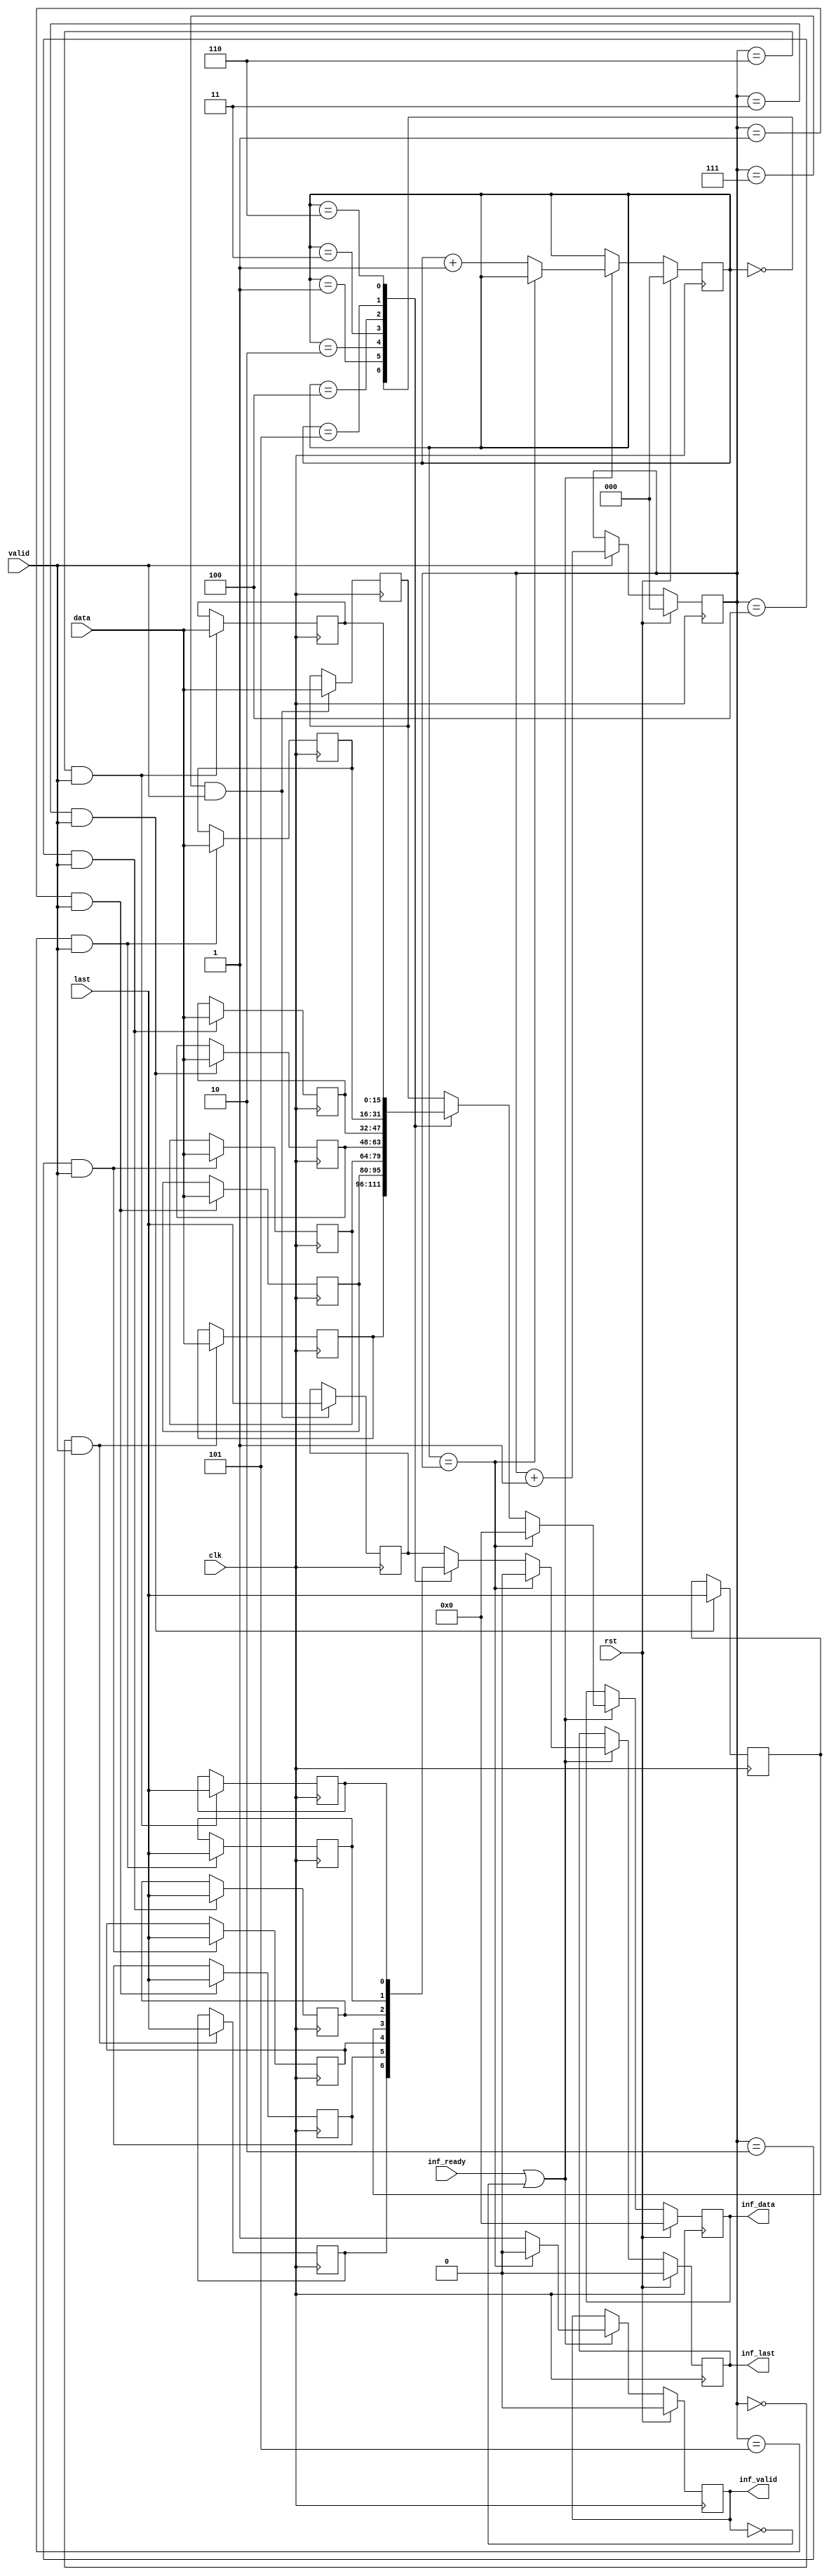
module ad_axis_inf_rx (

  // adi interface

  clk,
  rst,
  valid,
  last,
  data,

  // xilinx interface

  inf_valid,
  inf_last,
  inf_data,
  inf_ready);

  // parameter for data width

  parameter   DATA_WIDTH = 16;
  localparam  DW = DATA_WIDTH - 1;

  // adi interface

  input           clk;
  input           rst;
  input           valid;
  input           last;
  input   [DW:0]  data;

  // xil interface

  output          inf_valid;
  output          inf_last;
  output  [DW:0]  inf_data;
  input           inf_ready;

  // internal registers

  reg     [ 2:0]  wcnt = 'd0;
  reg             wlast_0 = 'd0;
  reg     [DW:0]  wdata_0 = 'd0;
  reg             wlast_1 = 'd0;
  reg     [DW:0]  wdata_1 = 'd0;
  reg             wlast_2 = 'd0;
  reg     [DW:0]  wdata_2 = 'd0;
  reg             wlast_3 = 'd0;
  reg     [DW:0]  wdata_3 = 'd0;
  reg             wlast_4 = 'd0;
  reg     [DW:0]  wdata_4 = 'd0;
  reg             wlast_5 = 'd0;
  reg     [DW:0]  wdata_5 = 'd0;
  reg             wlast_6 = 'd0;
  reg     [DW:0]  wdata_6 = 'd0;
  reg             wlast_7 = 'd0;
  reg     [DW:0]  wdata_7 = 'd0;
  reg     [ 2:0]  rcnt = 'd0;
  reg             inf_valid = 'd0;
  reg             inf_last = 'd0;
  reg     [DW:0]  inf_data = 'd0;

  // write interface

  always @(posedge clk) begin
    if (rst == 1'b1) begin
      wcnt <= 'd0;
    end else if (valid == 1'b1) begin
      wcnt <= wcnt + 1'b1;
    end
    if ((wcnt == 3'd0) && (valid == 1'b1)) begin
      wlast_0 <= last;
      wdata_0 <= data;
    end
    if ((wcnt == 3'd1) && (valid == 1'b1)) begin
      wlast_1 <= last;
      wdata_1 <= data;
    end
    if ((wcnt == 3'd2) && (valid == 1'b1)) begin
      wlast_2 <= last;
      wdata_2 <= data;
    end
    if ((wcnt == 3'd3) && (valid == 1'b1)) begin
      wlast_3 <= last;
      wdata_3 <= data;
    end
    if ((wcnt == 3'd4) && (valid == 1'b1)) begin
      wlast_4 <= last;
      wdata_4 <= data;
    end
    if ((wcnt == 3'd5) && (valid == 1'b1)) begin
      wlast_5 <= last;
      wdata_5 <= data;
    end
    if ((wcnt == 3'd6) && (valid == 1'b1)) begin
      wlast_6 <= last;
      wdata_6 <= data;
    end
    if ((wcnt == 3'd7) && (valid == 1'b1)) begin
      wlast_7 <= last;
      wdata_7 <= data;
    end
  end

  // read interface

  always @(posedge clk) begin
    if (rst == 1'b1) begin
      rcnt <= 'd0;
      inf_valid <= 'd0;
      inf_last <= 'b0;
      inf_data <= 'd0;
    end else if ((inf_ready == 1'b1) || (inf_valid == 1'b0)) begin
      if (rcnt == wcnt) begin
        rcnt <= rcnt;
        inf_valid <= 1'd0;
        inf_last <= 1'b0;
        inf_data <= 'd0;
      end else begin
        rcnt <= rcnt + 1'b1;
        inf_valid <= 1'b1;
        case (rcnt)
          3'd0: begin
            inf_last <= wlast_0;
            inf_data <= wdata_0;
          end
          3'd1: begin
            inf_last <= wlast_1;
            inf_data <= wdata_1;
          end
          3'd2: begin
            inf_last <= wlast_2;
            inf_data <= wdata_2;
          end
          3'd3: begin
            inf_last <= wlast_3;
            inf_data <= wdata_3;
          end
          3'd4: begin
            inf_last <= wlast_4;
            inf_data <= wdata_4;
          end
          3'd5: begin
            inf_last <= wlast_5;
            inf_data <= wdata_5;
          end
          3'd6: begin
            inf_last <= wlast_6;
            inf_data <= wdata_6;
          end
          default: begin
            inf_last <= wlast_7;
            inf_data <= wdata_7;
          end
        endcase
      end
    end
  end

endmodule